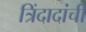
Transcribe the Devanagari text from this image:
त्रिंदादांची